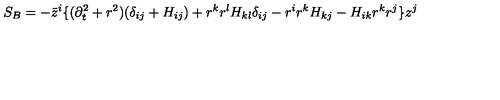
S _ { B } = - \bar { z } ^ { i } \{ ( \partial _ { t } ^ { 2 } + r ^ { 2 } ) ( \delta _ { i j } + H _ { i j } ) + r ^ { k } r ^ { l } H _ { k l } \delta _ { i j } - r ^ { i } r ^ { k } H _ { k j } - H _ { i k } r ^ { k } r ^ { j } \} z ^ { j }